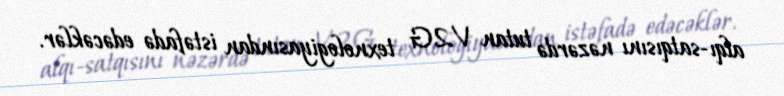
alqı-satqısını nəzərdə tutan V2G texnologiyasından istəfadə edəcəklər.